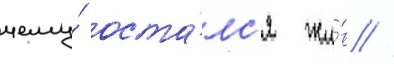
чему́ оста́лс'я жи́в //